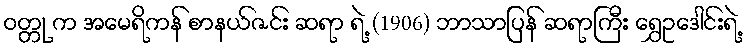
ဝတ္တု က အမေရိကန် စာနယ်ဇင်း ဆရာ ရဲ့ (1906) ဘာသာပြန် ဆရာကြီး ရွှေဥဒေါင်းရဲ့